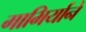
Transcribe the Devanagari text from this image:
गाभिर्याने